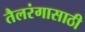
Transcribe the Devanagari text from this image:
तैलरंगासाठी